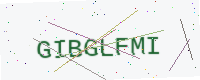
Text: GIBGLFMI